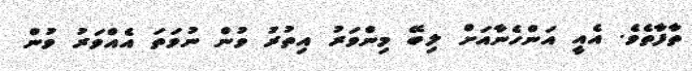
ތާފާތެވެ. އެއީ އަންހެނާއަށް ލިބޭ މިންވަރު އިތުރު ވުން ނުވަތަ އެއްވަރު ވުން